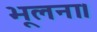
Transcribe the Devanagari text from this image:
भूलना।